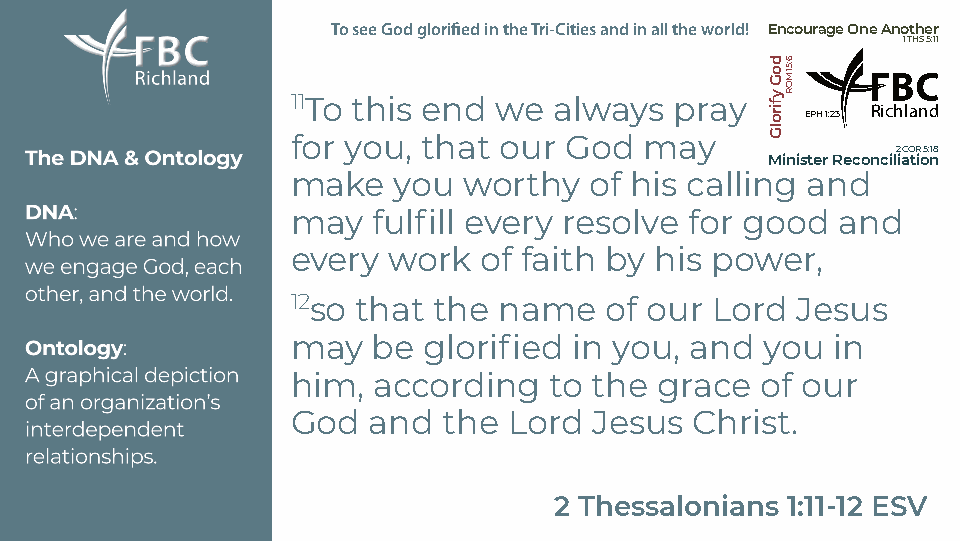
ToseeGodglorifiedintheTri-Citiesandinalltheworld! EncourageOneAnother
 1THS5:11
 11To this end we  always  pray
 Richland
 EPH1:23
 for you, that our God   may
 2COR5:18
 MinisterReconciliation
 make   you  worthy  of his calling and
 may   fulfill every resolve for good and
 every  work  of faith by his power,
 12so that the name   of our Lord  Jesus
 may   be glorified in you, and  you in
 him,  according  to the  grace of our
 God  and  the  Lord Jesus  Christ.
 2 Thessalonians 1:11-12 ESV
 doGyfirolG 6:51MOR